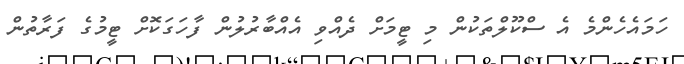
ހަމައެހެންމެ އެ ސްކޫލްތަކުން މި ޓީމަށް ދެއްވި އެއްބާރުލުން ފާހަގަކޮށް ޓީމުގެ ފަރާތުން